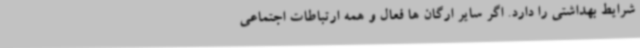
شرایط بهداشتی را دارد. اگر سایر ارگان ها فعال و همه ارتباطات اجتماعی